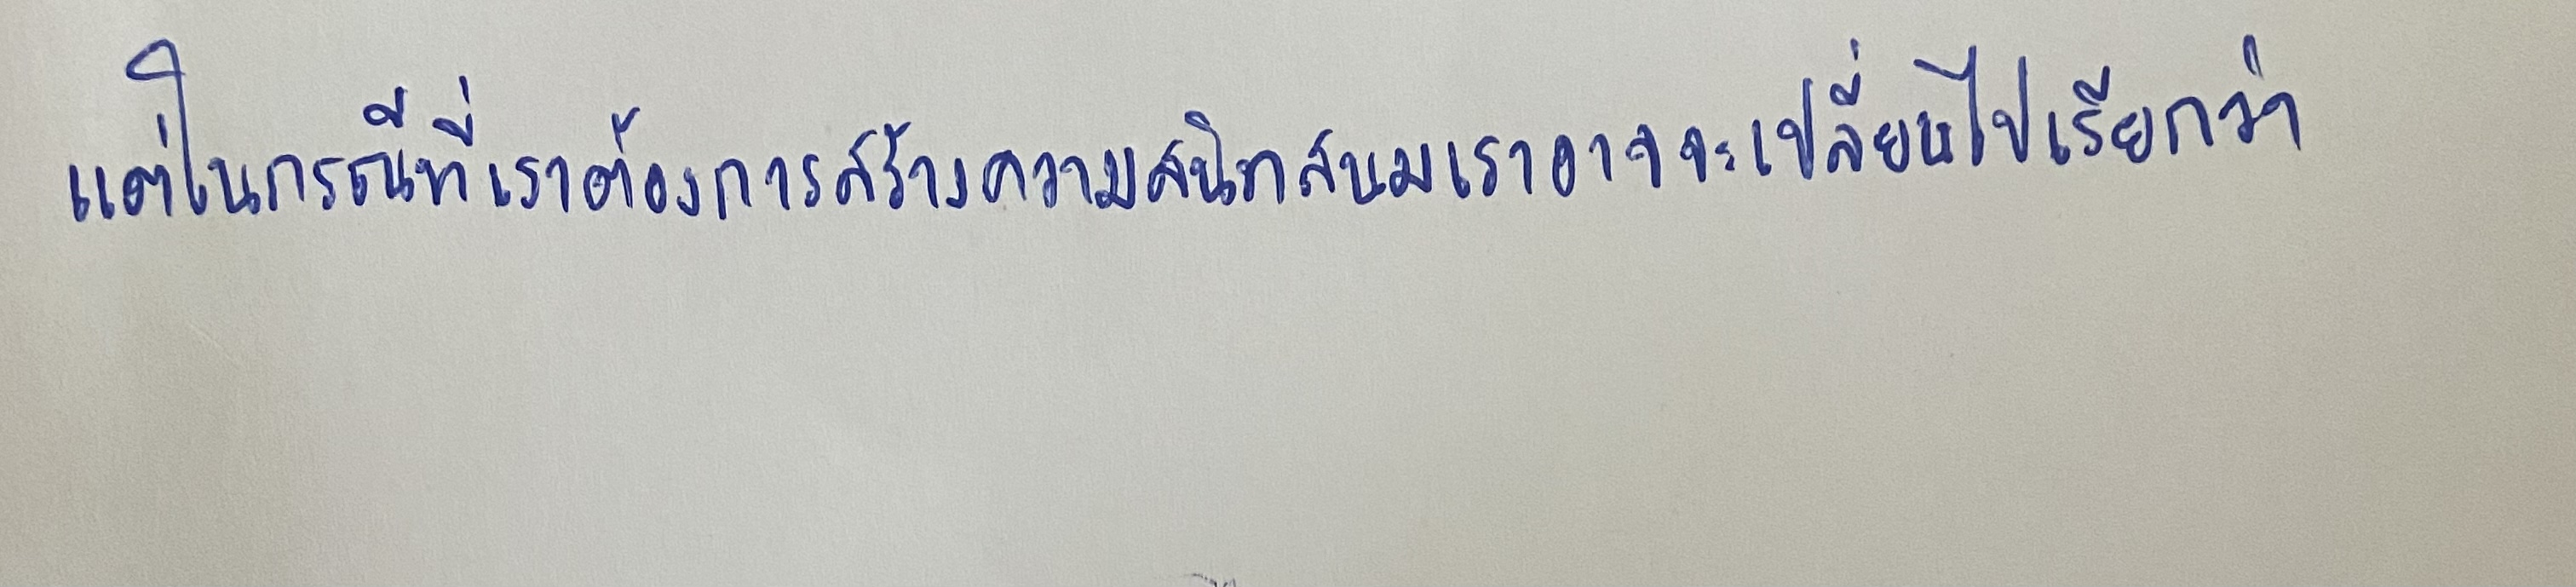
แต่ในกรณีที่เราต้องการสร้างความสนิทสนมเราอาจจะเปลี่ยนไปเรียกว่า